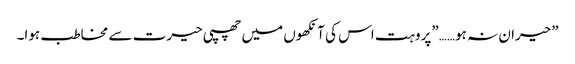
”حیران نہ ہو……”پروہت اس کی آنکھوں میں چھپی حیرت سے مخاطب ہوا۔